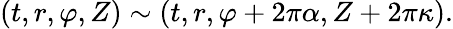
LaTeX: (t,r,\varphi,Z)\sim(t,r,\varphi+2\pi\alpha,Z+2\pi\kappa).